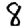
Digit: 8